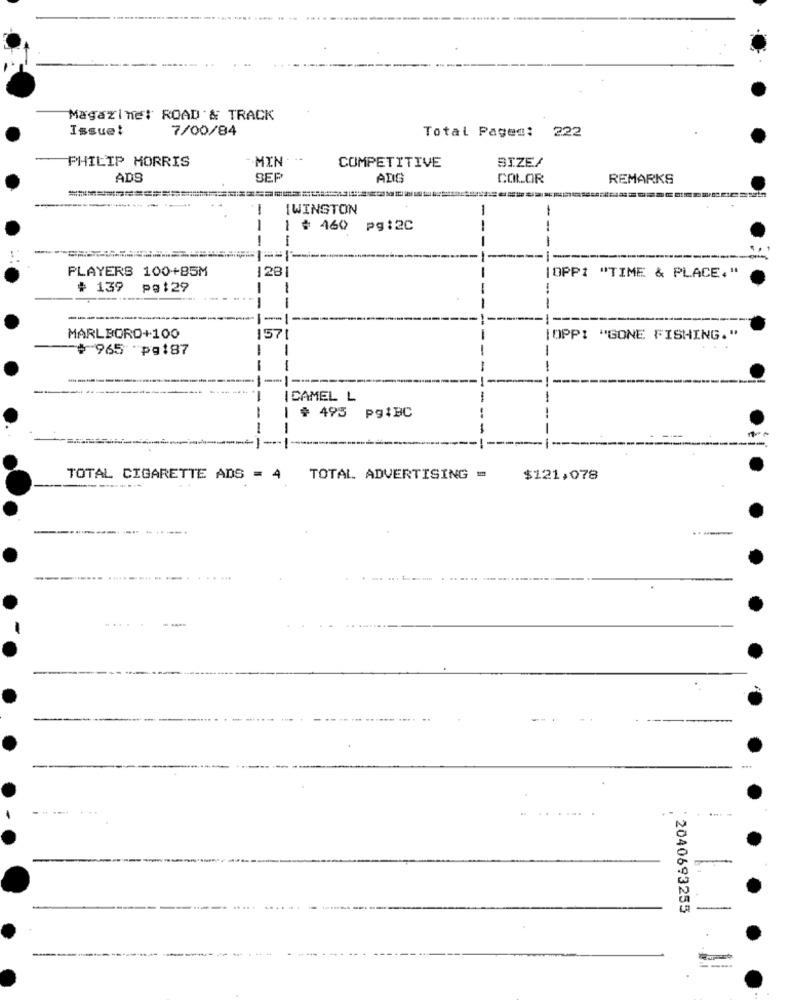
Magazine: ROAD & TRACK
Issue!
7/00/84
Total Pages: 222
PHILIP MORRIS
MIN
SIZE/
COMPETITIVE
ADS
SEP
ADIG
COLOR
REMARKS
1
IWINSTON
1
# 460
pg: 20
--
-
-
---
PLAYERS 100+85M
123
[OPP1 "TIME & PLACE,"
# 139
pg:29
---
--
---
---
MARLBORO+100
157
[OPPI "GONE FISHING."
# 965 pg:87
-
-
--
ICAMEL L
+ 495 pgiBC
TOTAL CIGARETTE ADS = 4
TOTAL ADVERTISING =
$121.078
2040693255
----